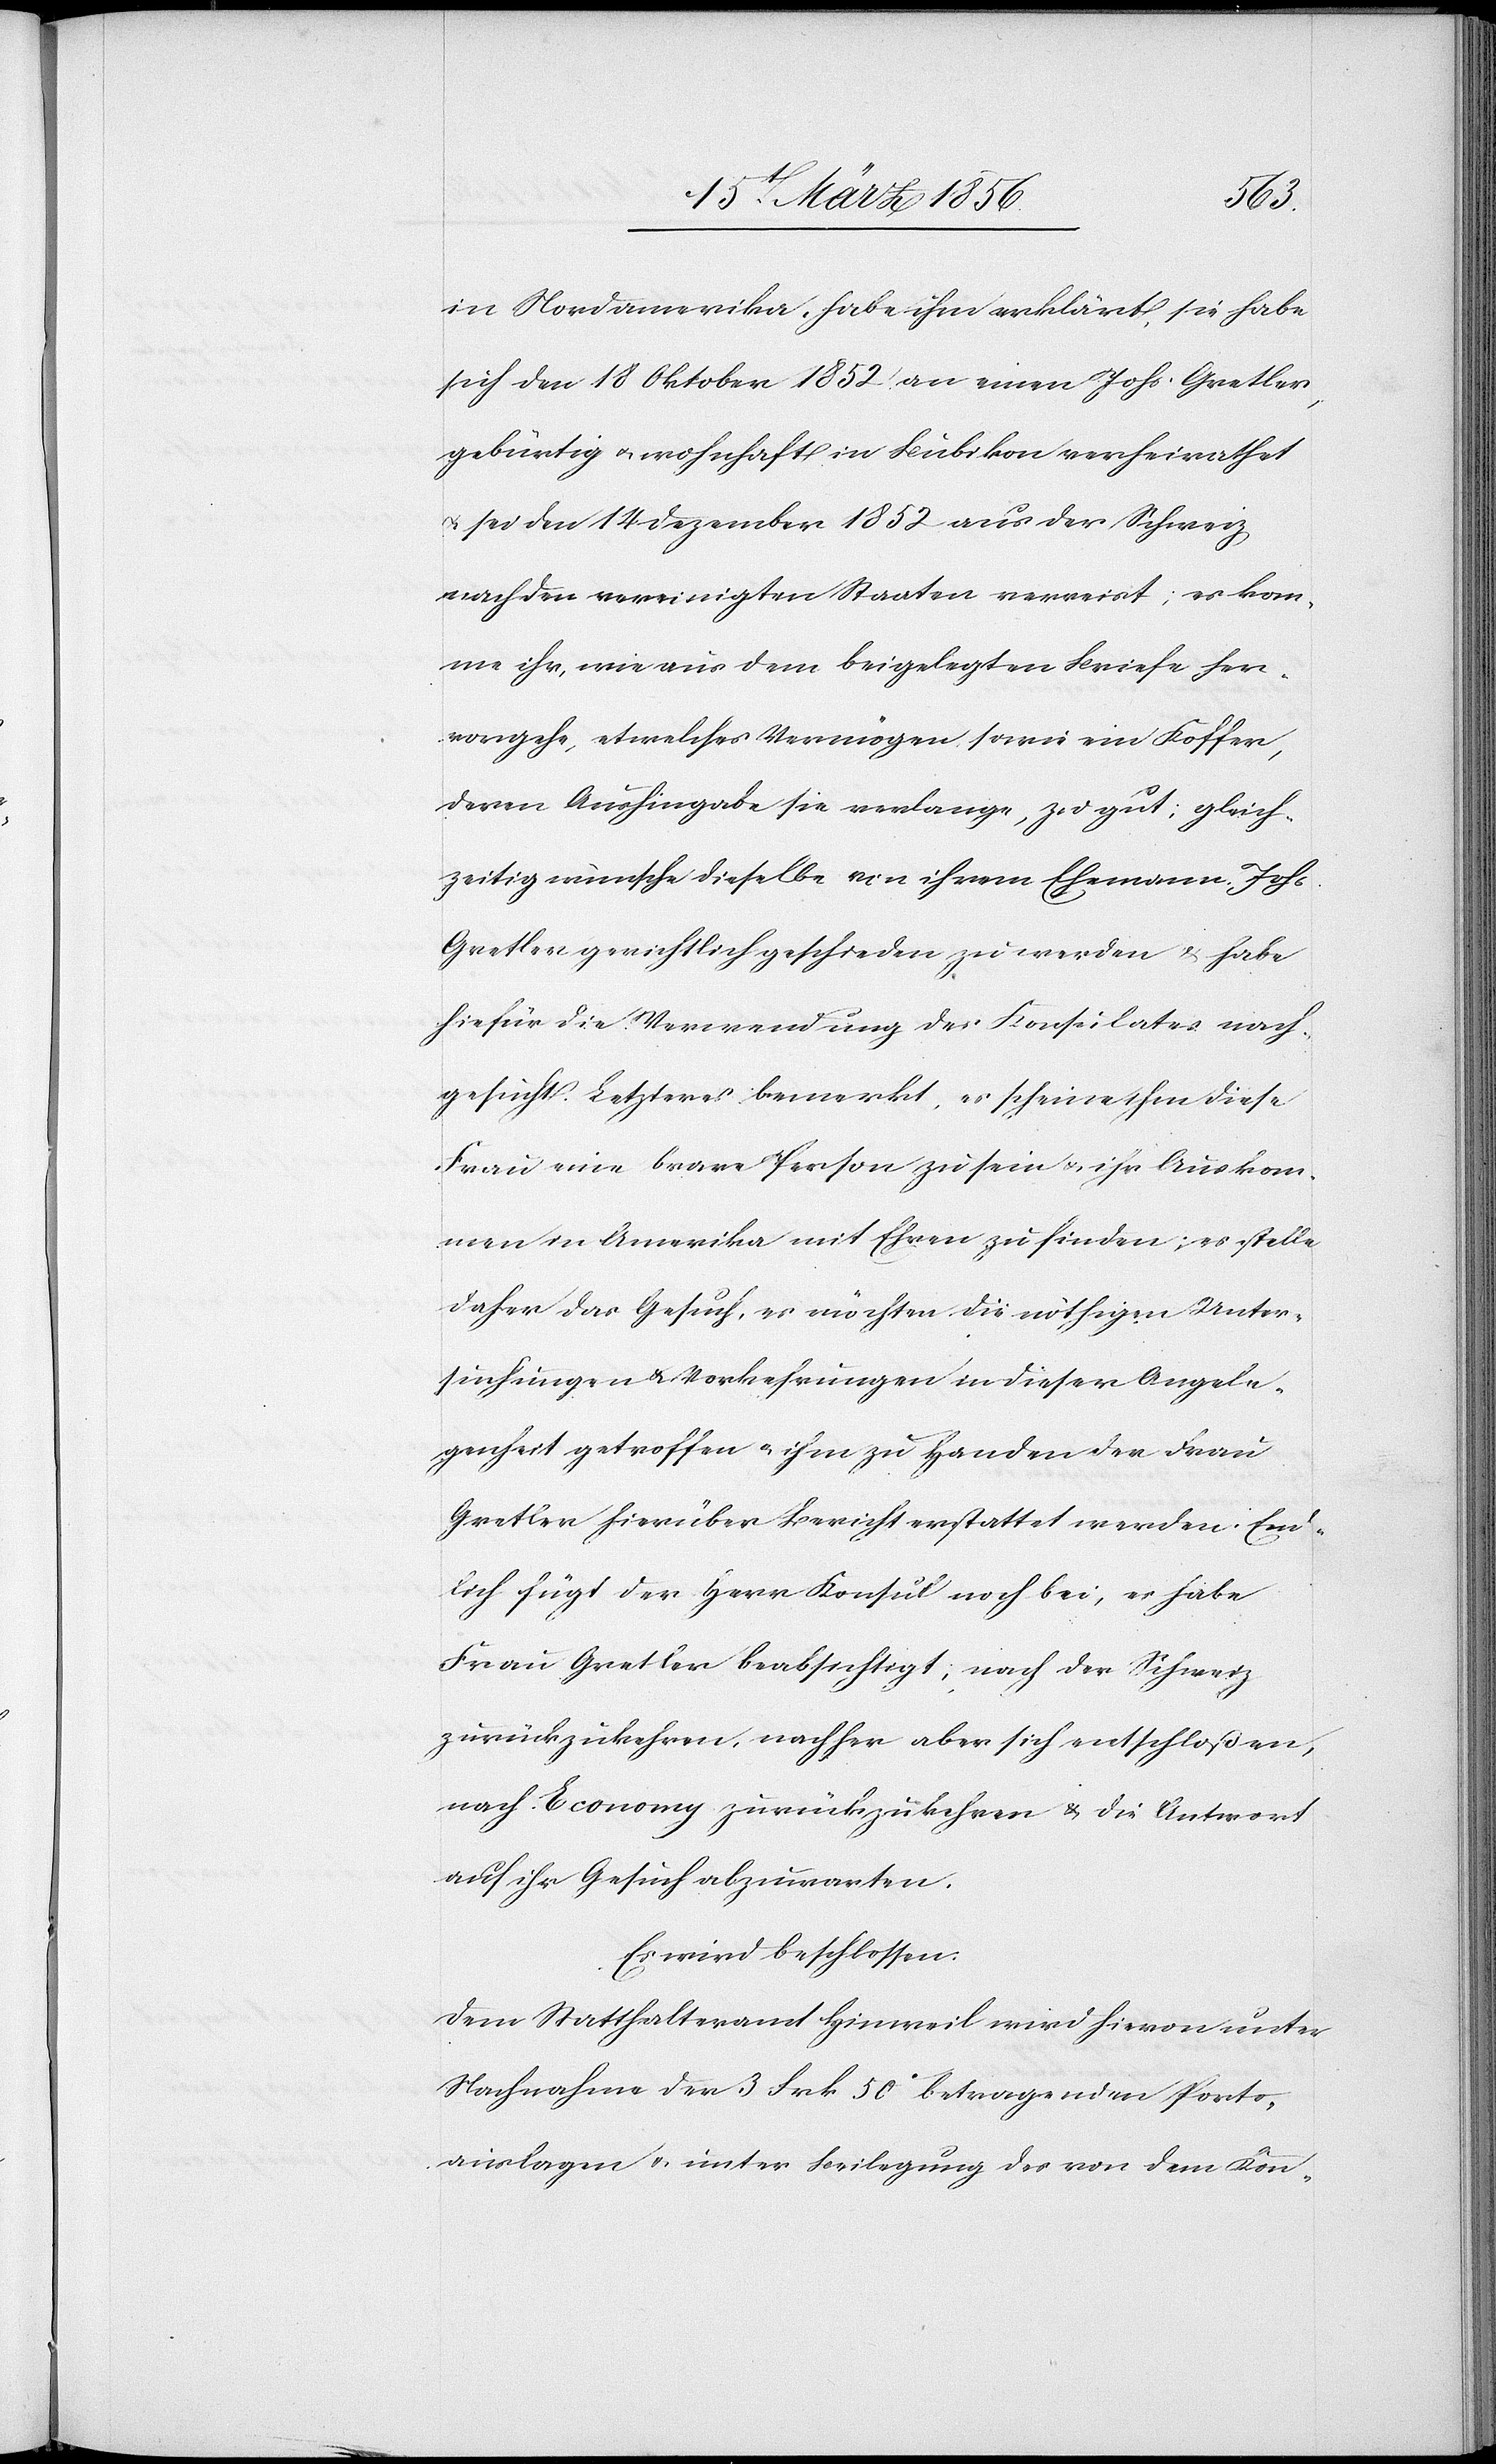
in Nordamerika, habe ihm erklärt, sie habe
sich den 18 Oktober 1852 an einen Johs. Gretler
gebürtig u. wohnhaft in Bubikon verheirathet
u. sei den 14 Dezember 1852 aus der Schweiz
nach den vereinigten Staaten verreist; es kom¬
me ihr, wie aus dem beigelegten Briefe her¬
vorgehe, etwelches Vermögen sowie ein Koffer,
deren Aushingabe sie verlange, zu gut; gleich¬
zeitig wünsche dieselbe von ihrem Ehemann, Johs.
Gretler gerichtlich geschieden zu werden & habe
hiefür die Verwendung des Konsulates nach¬
gesucht. Letzteres bemerkt, es scheine ihm diese
Frau eine brave Person zu sein u. ihr Auskom¬
men in Amerika mit Ehren zu finden; es stelle
daher das Gesuch, es möchten die nöthigen Unter¬
suchungen & Vorkehrungen in dieser Angele¬
genheit getroffen u. ihm zu Handen der Frau
Gretler hierüber Bericht erstattet werden. End¬
lich fügt der Herr Konsul noch bei, es habe
Frau Gretler beabsichtig; nach der Schweiz
zurückzukehren, nachher aber sich entschloßen,
nach Economy zurückzukehren & die Antwort
auf ihr Gesuch abzuwarten.
Es wird beschlossen:
Dem Statthalteramt Hinweil wird hievon unter
Nachnahme der 3 Frk 50c betragenden Porto¬
auslagen u. unter Beilegung des von dem Kon-